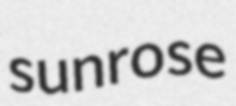
sunrose